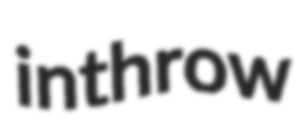
inthrow